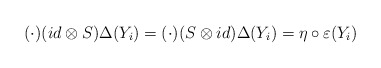
\begin{align*}(\cdot)(id\otimes S)\Delta(Y_i) = (\cdot)(S \otimes id)\Delta(Y_i)= \eta \circ \varepsilon (Y_i)\end{align*}